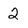
Character: 2